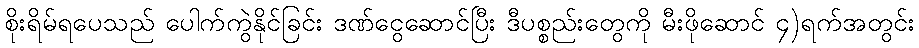
စိုးရိမ်ရပေသည် ပေါက်ကွဲနိုင်ခြင်း ဒဏ်ငွေဆောင်ပြီး ဒီပစ္စည်းတွေကို မီးဖိုဆောင် ၄)ရက်အတွင်း